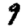
Digit: 9